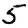
Digit: 5